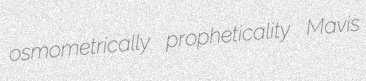
osmometrically propheticality Mavis